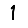
Digit: 1